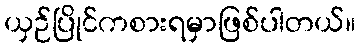
ယှဉ်ပြိုင်ကစားရမှာဖြစ်ပါတယ်။